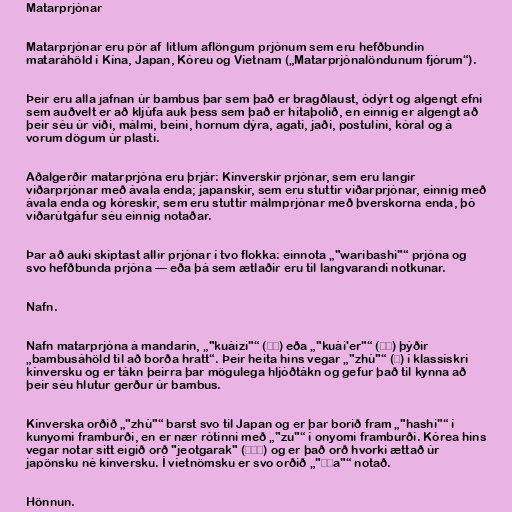
Matarprjónar

Matarprjónar eru pör af litlum aflöngum prjónum sem eru hefðbundin
mataráhöld í Kína, Japan, Kóreu og Víetnam („Matarprjónalöndunum fjórum“).

Þeir eru alla jafnan úr bambus þar sem það er bragðlaust, ódýrt og algengt efni
sem auðvelt er að kljúfa auk þess sem það er hitaþolið, en einnig er algengt að
þeir séu úr viði, málmi, beini, hornum dýra, agati, jaði, postulíni, kóral og á
vorum dögum úr plasti.

Aðalgerðir matarprjóna eru þrjár: Kínverskir prjónar, sem eru langir
viðarprjónar með ávala enda; japanskir, sem eru stuttir viðarprjónar, einnig með
ávala enda og kóreskir, sem eru stuttir málmprjónar með þverskorna enda, þó
viðarútgáfur séu einnig notaðar.

Þar að auki skiptast allir prjónar í tvo flokka: einnota „"waribashi"“ prjóna og
svo hefðbunda prjóna — eða þá sem ætlaðir eru til langvarandi notkunar.

Nafn.

Nafn matarprjóna á mandarín, „"kuàizi"“ (筷子) eða „"kuài'er"“ (筷兒) þýðir
„bambusáhöld til að borða hratt“. Þeir heita hins vegar „"zhù"“ (箸) í klassískri
kínversku og er tákn þeirra þar mögulega hljóðtákn og gefur það til kynna að
þeir séu hlutur gerður úr bambus.

Kínverska orðið „"zhù"“ barst svo til Japan og er þar borið fram „"hashi"“ í
kunyomi framburði, en er nær rótinni með „"zu"“ í onyomi framburði. Kórea hins
vegar notar sitt eigið orð "jeotgarak" (젓가락) og er það orð hvorki ættað úr
japönsku né kínversku. Í víetnömsku er svo orðið „"đũa"“ notað.

Hönnun.